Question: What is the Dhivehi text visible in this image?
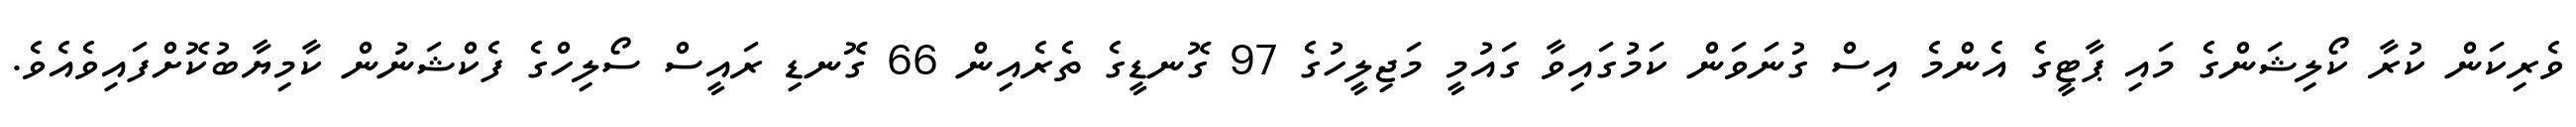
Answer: ވެރިކަން ކުރާ ކޯލިޝަންގެ މައި ޕާޓީގެ އެންމެ އިސް ގުނަވަން ކަމުގައިވާ ގައުމީ މަޖިލީހުގެ 97 ގޮނޑީގެ ތެރެއިން 66 ގޮނޑި ރައީސް ސޯލިހްގެ ފެކްޝަނުން ކާމިޔާބުކޮށްފައިވެއެވެ.